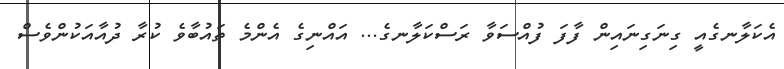
އެކަލާނގެއީ ގިނަގިނައިން ފާފަ ފުއްސަވާ ރަސްކަލާނގެ... އައްނިގެ އެންމެ ތައުބާވެ ކުރާ ދުއާއަކުންވެސް